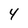
Character: 4